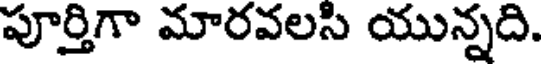
పూర్తిగా మారవలసి యున్నది.